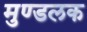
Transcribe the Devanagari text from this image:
मुण्डलक